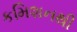
કમિશનથી